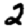
Digit: 2